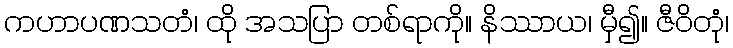
ကဟာပဏသတံ၊ ထို အသပြာ တစ်ရာကို။ နိဿာယ၊ မှီ၍။ ဇီဝိတုံ၊